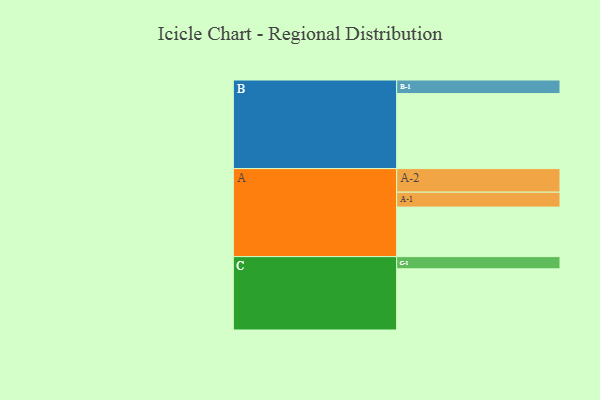
{"axis": {"x": "Segment", "y": "Value"}, "legend": ["", "A", "B", "C"], "data": [{"x": "A", "y": 332, "type": ""}, {"x": "B", "y": 503, "type": ""}, {"x": "C", "y": 410, "type": ""}, {"x": "A-1", "y": 100, "type": "A"}, {"x": "A-2", "y": 158, "type": "A"}, {"x": "B-1", "y": 91, "type": "B"}, {"x": "C-1", "y": 82, "type": "C"}]}